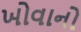
ખોવાનો